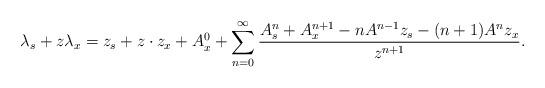
LaTeX: \begin{align*}\lambda_s+z\lambda_x=z_s+z\cdot z_x+A^0_x+\sum_{n=0}^{\infty}\frac{A^n_s+A^{n+1}_x-nA^{n-1}z_s-(n+1)A^nz_x}{z^{n+1}}.\end{align*}